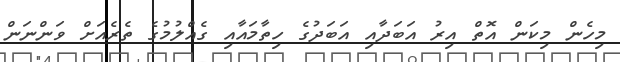
މިހެން މިކަން އޮތް އިރު އަބަދާއި އަބަދުގެ ހިތާމައާއި ގެއްލުމުގެ ތެރެއަށް ވަންނަން